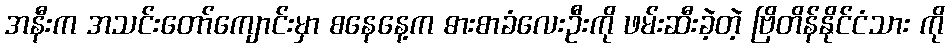
အနီးက အသင်းတော်ကျောင်းမှာ စနေနေ့က ဓားစာခံလေးဦးကို ဖမ်းဆီးခဲ့တဲ့ ဗြိတိန်နိုင်ငံသား ကို